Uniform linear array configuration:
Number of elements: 8
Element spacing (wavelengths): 1
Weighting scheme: hann
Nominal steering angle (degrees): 60
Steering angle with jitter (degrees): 60.928
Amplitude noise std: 0.05
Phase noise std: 0.05

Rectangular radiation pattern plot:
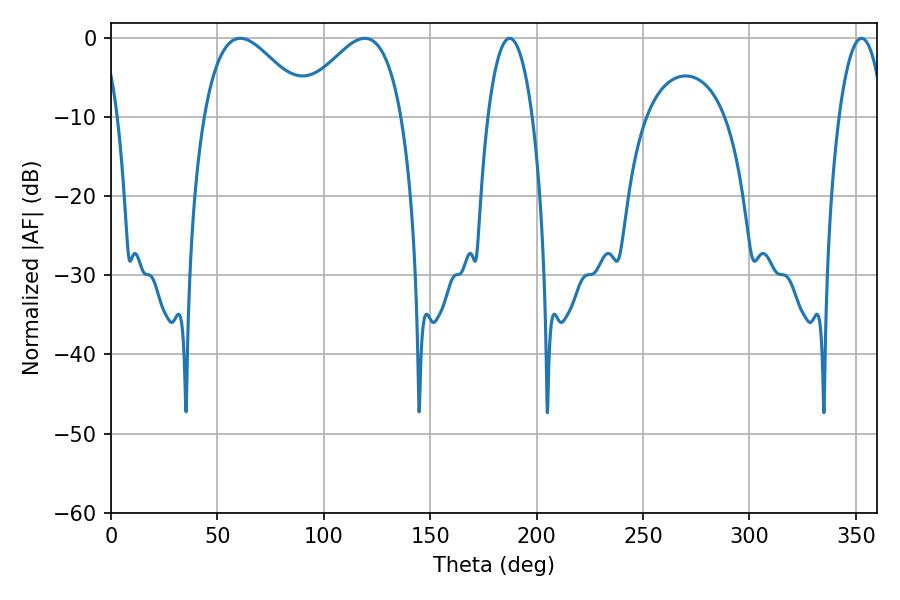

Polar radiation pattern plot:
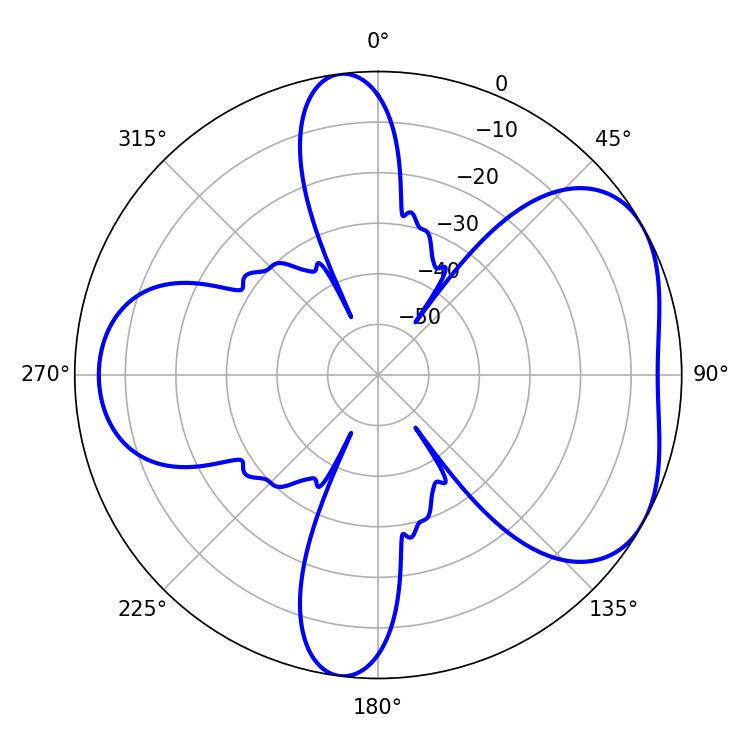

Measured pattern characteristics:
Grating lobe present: TRUE
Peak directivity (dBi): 4.815
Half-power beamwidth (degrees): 26.64
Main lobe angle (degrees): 60.84